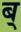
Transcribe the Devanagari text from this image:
ब्‌